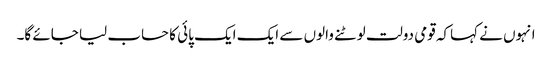
انہوں نے کہاکہ قومی دولت لوٹنے والوں سے ایک ایک پائی کا حساب لیا جائے گا۔